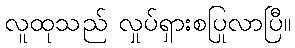
လူထုသည် လှုပ်ရှားစပြုလာပြီ။